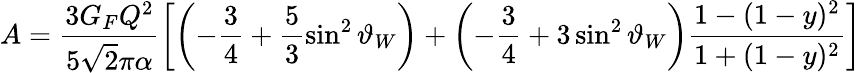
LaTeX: A=\frac{3G_{F}Q^{2}}{5\sqrt 2\pi\alpha}\left[\left(-\frac{3}{4}+\frac{5}{3}\sin^{2}\vartheta_{W}\right)+\left(-\frac{3}{4}+3\sin^{2}\vartheta_{W}\right)\frac{1-(1-y)^{2}}{1+(1-y)^{2}}\right]